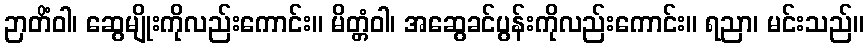
ဉာတိံဝါ၊ ဆွေမျိုးကိုလည်းကောင်း။ မိတ္တံဝါ၊ အဆွေခင်ပွန်းကိုလည်းကောင်း။ ရညာ၊ မင်းသည်။